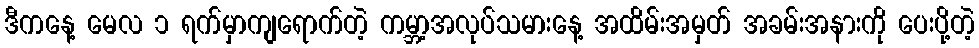
ဒီကနေ့ မေလ ၁ ရက်မှာကျရောက်တဲ့ ကမ္ဘာ့အလုပ်သမားနေ့ အထိမ်းအမှတ် အခမ်းအနားကို ပေးပို့တဲ့